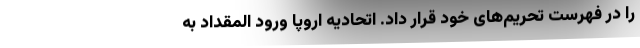
را در فهرست تحریم‌های خود قرار داد. اتحادیه اروپا ورود المقداد به